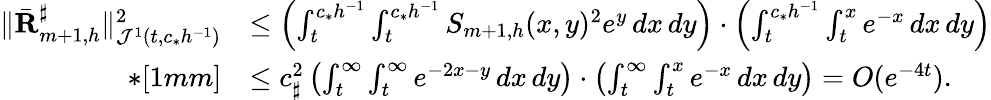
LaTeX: \begin{array}{rl}{\| \bar{\mathbf R}_{m+1,h}^{\sharp}\| _{{\mathcal J}^{1}(t,c_{*}h^{-1})}^{2}}&{\leq\left(\int_{t}^{c_{*}h^{-1}}\int_{t}^{c_{*}h^{-1}}S_{m+1,h}(x,y)^{2}e^{y}\, dx\, dy\right)\cdot\left(\int_{t}^{c_{*}h^{-1}}\int_{t}^{x}e^{-x}\, dx\, dy\right)}\\ {*[1mm]}&{\leq c_{\sharp}^{2}\left(\int_{t}^{\infty}\int_{t}^{\infty}e^{-2x-y}\, dx\, dy\right)\cdot\left(\int_{t}^{\infty}\int_{t}^{x}e^{-x}\, dx\, dy\right)=O(e^{-4t}).}\end{array}